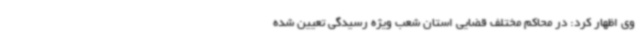
وی اظهار کرد: در محاکم مختلف قضایی استان شعب ویژه رسیدگی تعیین شده